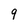
Character: 9